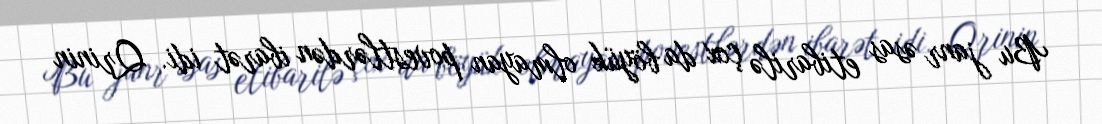
Bu janr əsas etibarilə çox da böyük olmayan povestlərdən ibarət idi. Qrinin